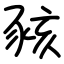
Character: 豥